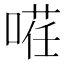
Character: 𭉡